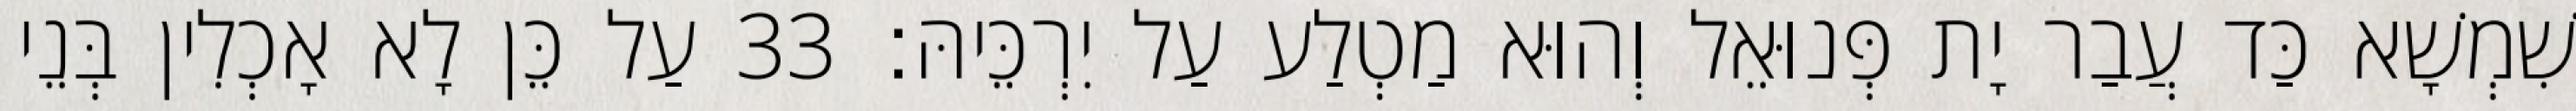
שִׁמְשָׁא כַּד עֲבַר יָת פְּנוּאֵל וְהוּא מַטְלַע עַל יִרְכֵּיהּ׃ 33 עַל כֵּן לָא אָכְלִין בְּנֵי